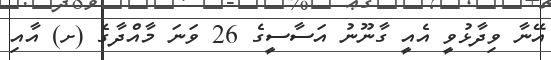
އޭނާ ވިދާޅުވީ އެއީ ގާނޫނު އަސާސީގެ 26 ވަނަ މާއްދާގެ (ށ) އާއި